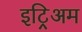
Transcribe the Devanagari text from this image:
इट्रिअम